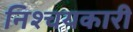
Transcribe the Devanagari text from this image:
निश्चयकारी